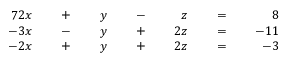
{ \begin{array} { r l r l r l r l r l r l r } { { 7 } 2 x } & { } & { \; + \; } & { } & { y } & { } & { \; - \; } & { } & { z } & { } & { \; = \; } & { } & { 8 } \\ { - 3 x } & { } & { \; - \; } & { } & { y } & { } & { \; + \; } & { } & { 2 z } & { } & { \; = \; } & { } & { - 1 1 } \\ { - 2 x } & { } & { \; + \; } & { } & { y } & { } & { \; + \; } & { } & { 2 z } & { } & { \; = \; } & { } & { - 3 } \end{array} }